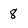
Character: 8